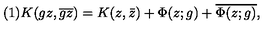
( 1 ) K ( g z , \overline { { g z } } ) = K ( z , \bar { z } ) + \Phi ( z ; g ) + \overline { { \Phi ( z ; g ) } } ,